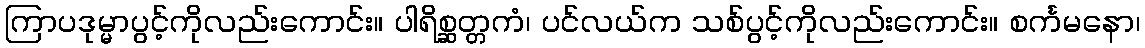
ကြာပဒုမ္မာပွင့်ကိုလည်းကောင်း။ ပါရိစ္ဆတ္တကံ၊ ပင်လယ်က သစ်ပွင့်ကိုလည်းကောင်း။ စင်္ကမနော၊